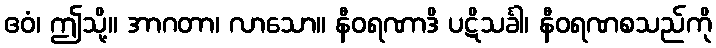
ဧဝံ၊ ဤသို့။ အာဂတာ၊ လာသော။ နီဝရဏာဒိ ပဋိသင်္ခါ၊ နီဝရဏစသည်ကို